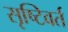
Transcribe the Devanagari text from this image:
सृष्टिवर्त